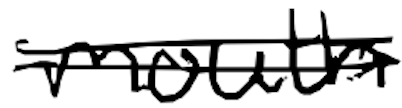
Text: mouth
Cross-out: double-line
Writing tool: digital_black